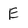
Character: E